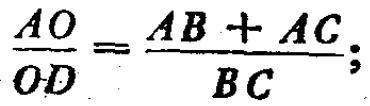
\(\frac{AO}{OD}=\frac{AB + AC}{BC};\)